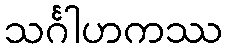
သင်္ဂါဟကဿ